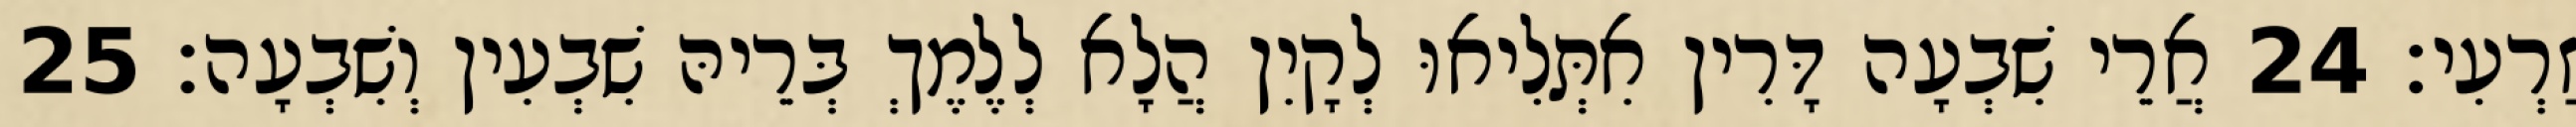
זַרְעִי׃ 24 אֲרֵי שִׁבְעָה דָּרִין אִתְּלִיאוּ לְקָיִן הֲלָא לְלֶמֶךְ בְּרֵיהּ שִׁבְעִין וְשִׁבְעָה׃ 25